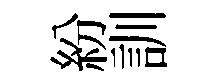
紛訓